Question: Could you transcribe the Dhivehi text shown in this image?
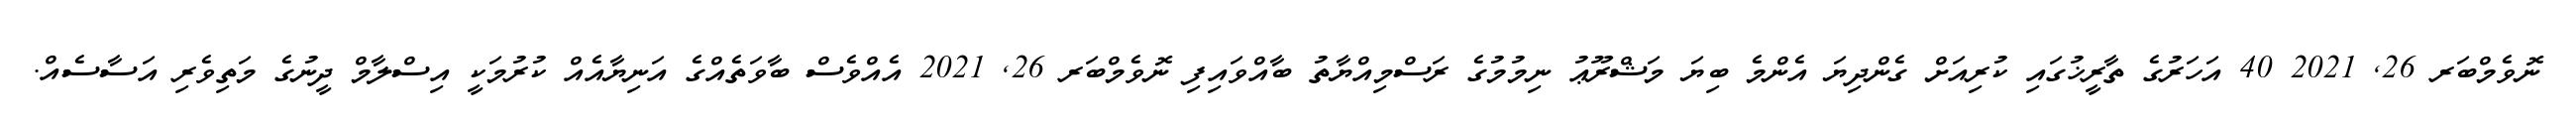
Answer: ނޮވެމްބަރ 26, 2021 40 އަހަރުގެ ތާރީޚުގައި ކުރިއަށް ގެންދިޔަ އެންމެ ބިޔަ މަޝްރޫޢު ނިމުމުގެ ރަސްމިއްޔާތު ބާއްވައިފި ނޮވެމްބަރ 26, 2021 އެއްވެސް ބާވަތެއްގެ އަނިޔާއެއް ކުރުމަކީ އިސްލާމް ދީނުގެ މަތިވެރި އަސާސެއް.